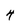
Character: 4